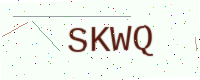
Text: SKWQ